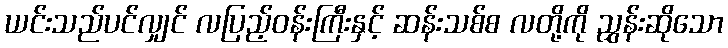
ယင်းသည်ပင်လျှင် လပြည့်ဝန်းကြီးနှင့် ဆန်းသစ်စ လတို့ကို ညွှန်းဆိုသော